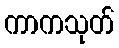
ကာကသုတ်